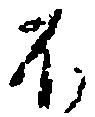
不